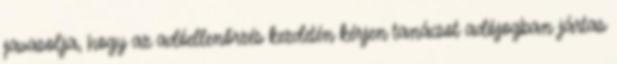
javasolja, hogy az adóellenőrzés kezdetén kérjen tanácsot adójogban jártas